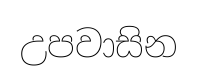
උපවාසින